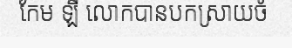
កែម ឡី លោកបានបកស្រាយចំ